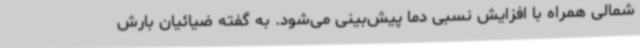
شمالی همراه با افزایش نسبی دما پیش‌بینی می‌شود. به گفته ضیائیان بارش